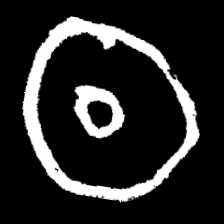
Pyu character \u2014 Myanmar letter: ထ (romanized: tha)